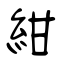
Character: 紺